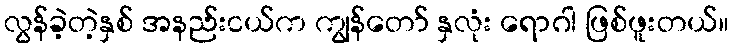
လွန်ခဲ့တဲ့နှစ် အနည်းငယ်က ကျွန်တော် နှလုံး ရောဂါ ဖြစ်ဖူးတယ်။